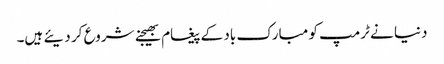
دنیا نے ٹرمپ کو مبارک باد کے پیغام بھیجنے شروع کر دیئے ہیں۔